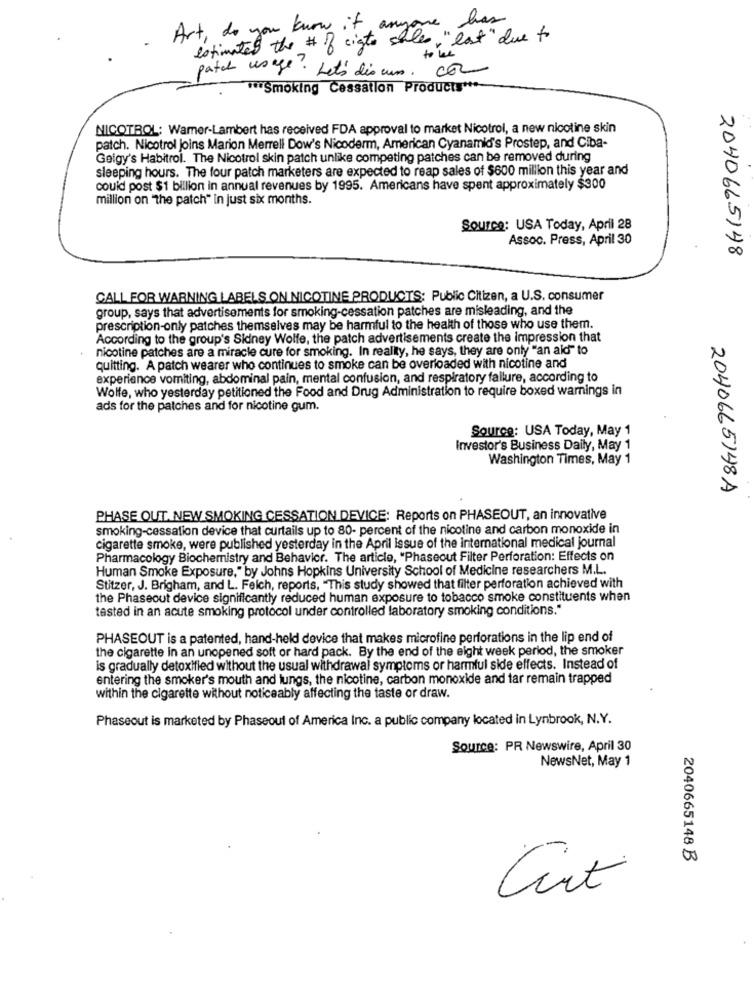
Art, do you know if anyone has
estimated the # 8 cigto sales, "I
to, "lost" due to
to be
patch usage. Let's discuss. com
*** Smoking Cessation Products ***-
NICOTBOL: Wamer-Lambert has received FDA approval to market Nicotrol, a new nicotine skin
patch. Nicotrol joins Marion Merrell Dow's Nicoderm, American Cyanamid's Prostep, and Ciba-
Geigy's Habitrol. The Nicotrol skin patch unlike competing patches can be removed during
sleeping hours. The four patch marketers are expected to reap sales of $600 million this year and
could post $1 billion in annual revenues by 1995. Americans have spent approximately $300
million on "the patch" in just six months.
Source: USA Today, April 28
Assoc. Press, April 30
2040665148
CALL FOR WARNING LABELS ON NICOTINE PRODUCTS: Public Citizen, a U.S. consumer
group, says that advertisements for smoking-cessation patches are misleading, and the
prescription-only patches themselves may be harmful to the health of those who use them.
According to the group's Sidney Wolfe, the patch advertisements create the impression that
nicotine patches are a miracle cure for smoking. In reality, he says, they are only "an aid" to
quitting. A patch wearer who continues to smoke can be overloaded with nicotine and
experience vomiting, abdominal pain, mental confusion, and respiratory failure, according to
Wolfe, who yesterday petitioned the Food and Drug Administration to require boxed warnings in
ads for the patches and for nicotine gum.
Source: USA Today, May 1
Investor's Business Daily, May 1
Washington Times, May 1
2040665148A
PHASE OUT. NEW SMOKING CESSATION DEVICE: Reports on PHASEOUT, an innovative
smoking-cessation device that curtails up to 80- percent of the nicotine and carbon monoxide in
cigarette smoke, were published yesterday in the April issue of the international medical journal
Pharmacology Biochemistry and Behavior. The article, "Phaseout Filter Perforation: Effects on
Human Smoke Exposure," by Johns Hopkins University School of Medicine researchers M.L.
Stitzer, J. Brigham, and L. Feich, reports, "This study showed that filter perforation achieved with
the Phaseout device significantly reduced human exposure to tobacco smoke constituents when
tasted in an acute smoking protocol under controlled laboratory smoking conditions."
PHASEOUT is a patented, hand-held device that makes microfine perforations in the lip end of
the cigarette in an unopened soft or hard pack. By the end of the eight week period, the smoker
is gradually detoxified without the usual withdrawal symptoms or harmful side effects. Instead of
entering the smoker's mouth and lungs, the nicotine, carbon monoxide and tar remain trapped
within the cigarette without noticeably affecting the taste or draw.
Phaseout is marketed by Phaseout of America Inc. a public company located in Lynbrook, N.Y.
Source: PR Newswire, April 30
NewsNet, May 1
2040665148 B
art